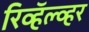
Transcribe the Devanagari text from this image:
रिव्हॅल्व्हर